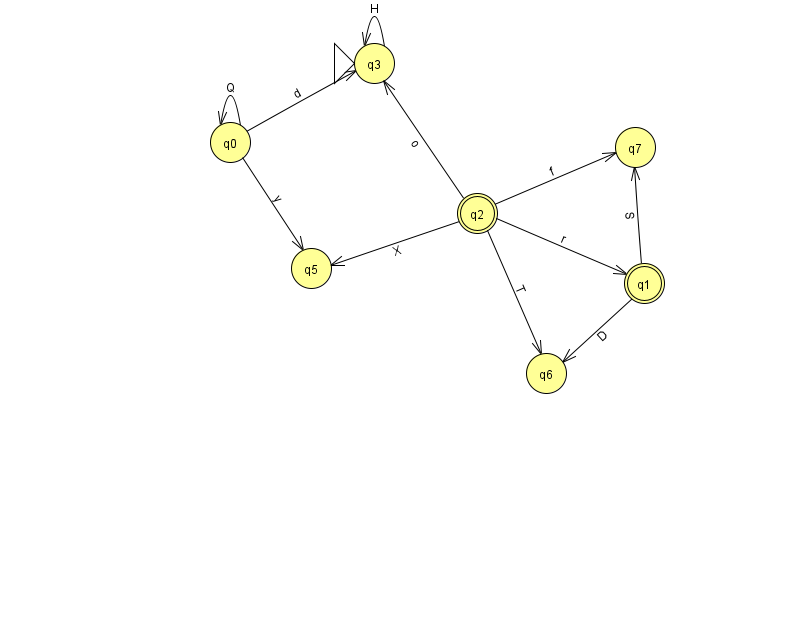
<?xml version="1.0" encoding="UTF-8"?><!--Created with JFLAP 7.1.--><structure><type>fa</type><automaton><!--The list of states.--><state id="0" name="q0"><x>230.0</x><y>129.0</y></state><state id="1" name="q1"><x>644.0</x><y>270.0</y><final/></state><state id="2" name="q2"><x>477.0</x><y>200.0</y><final/></state><state id="3" name="q3"><x>374.0</x><y>50.0</y><initial/></state><state id="5" name="q5"><x>311.0</x><y>255.0</y></state><state id="6" name="q6"><x>546.0</x><y>360.0</y></state><state id="7" name="q7"><x>635.0</x><y>134.0</y></state><!--The list of transitions.--><transition><from>0</from><to>0</to><read>Q</read></transition><transition><from>1</from><to>6</to><read>D</read></transition><transition><from>2</from><to>5</to><read>X</read></transition><transition><from>2</from><to>7</to><read>f</read></transition><transition><from>3</from><to>3</to><read>H</read></transition><transition><from>0</from><to>3</to><read>d</read></transition><transition><from>2</from><to>1</to><read>r</read></transition><transition><from>2</from><to>6</to><read>T</read></transition><transition><from>0</from><to>5</to><read>y</read></transition><transition><from>1</from><to>7</to><read>S</read></transition><transition><from>2</from><to>3</to><read>o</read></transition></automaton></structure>